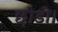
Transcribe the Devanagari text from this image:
छ़ोडी।